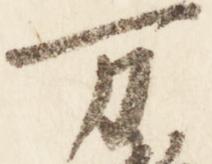
万